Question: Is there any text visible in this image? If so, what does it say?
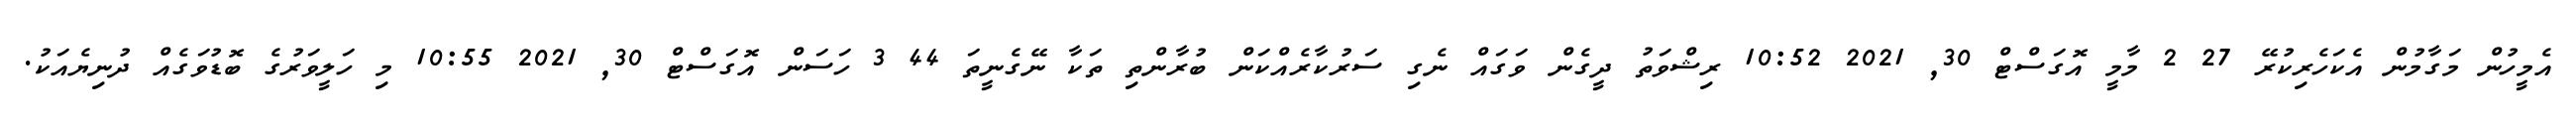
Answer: އެމީހުން މަގާމުން އެކަހެރިކުރޭ 27 2 މާމީ އޮގަސްޓް 30, 2021 10:52 ރިޝްވަތު ދީގެން ވަގައް ނެގި ސަރުކާރެއްކަން ބުރާންތި ތަކާ ނޭގެނީތަ 44 3 ހަސަން އޮގަސްޓް 30, 2021 10:55 މި ހަލީވަރުގެ ބޮޑުވަގެއް ދުނިޔެއަކު.